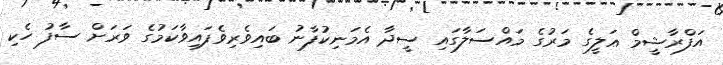
އަފްރާޝީމް ޢަލީގެ މަރުގެ މައްސަލާގައި ސީދާ އެމަނިކުފާނު ބައިވެރިވެފައިވާކަމުގެ ވަރަށް ސާފު ހެކި